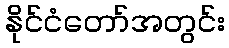
နိုင်ငံတော်အတွင်း